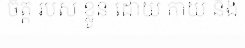
ចិត្ត របស់ ខ្លួន ដោយ កាយ និង